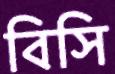
বিসি